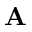
\bf A